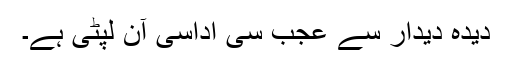
دیدہِ دیدار سے عجب سی اداسی آن لپٹی ہے۔